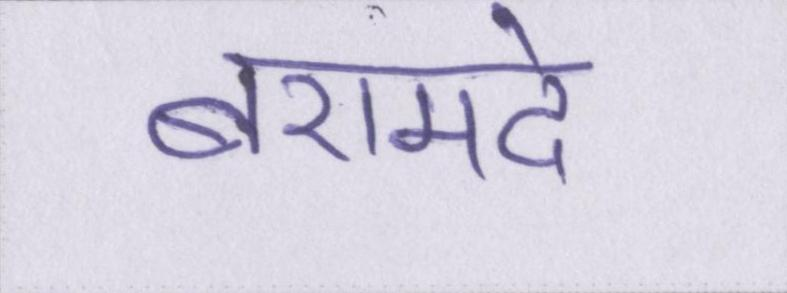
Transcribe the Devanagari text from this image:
बरामदे